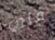
فني